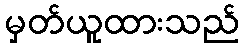
မှတ်ယူထားသည်